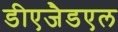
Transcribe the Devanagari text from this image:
डीएजैडएल